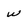
Character: w